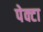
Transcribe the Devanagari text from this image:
पेक्टा